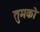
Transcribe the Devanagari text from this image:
तुमकोे